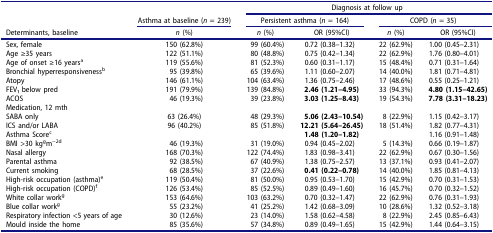
<table><thead><tr><td colspan="2">[EMPTY_CELL]</td><td colspan="4"><b>Diagnosis at follow up</b></td></tr><tr><td>[EMPTY_CELL]</td><td><b>Asthma at baseline (<i>n</i> = 239)</b></td><td colspan="2"><b>Persistent asthma (<i>n</i> = 164)</b></td><td colspan="2"><b>COPD (<i>n</i> = 35)</b></td></tr><tr><td><b>Determinants, baseline</b></td><td><b><i>n</i> (%)</b></td><td><b><i>n</i> (%)</b></td><td><b>OR (95%CI)</b></td><td><b><i>n</i> (%)</b></td><td><b>OR (95%CI)</b></td></tr></thead><tbody><tr><td>Sex, female</td><td>150 (62.8%)</td><td>99 (60.4%)</td><td>0.72 (0.38–1.32)</td><td>22 (62.9%)</td><td>1.00 (0.45–2.31)</td></tr><tr><td>Age ≥35 years</td><td>122 (51.1%)</td><td>80 (48.8%)</td><td>0.75 (0.42–1.34)</td><td>22 (62.9%)</td><td>1.76 (0.80–4.01)</td></tr><tr><td>Age of onset ≥16 years<sup>a</sup></td><td>119 (55.6%)</td><td>81 (52.3%)</td><td>0.60 (0.31–1.17)</td><td>15 (48.4%)</td><td>0.71 (0.31–1.64)</td></tr><tr><td>Bronchial hyperresponsiveness<sup>b</sup></td><td>95 (39.8%)</td><td>65 (39.6%)</td><td>1.11 (0.60–2.07)</td><td>14 (40.0%)</td><td>1.81 (0.71–4.81)</td></tr><tr><td>Atopy</td><td>146 (61.1%)</td><td>104 (63.4%)</td><td>1.36 (0.75–2.46)</td><td>17 (48.6%)</td><td>0.55 (0.25–1.21)</td></tr><tr><td>FEV1 below pred</td><td>191 (79.9%)</td><td>139 (84.8%)</td><td><b>2.46</b><b>(1.21–4.95)</b></td><td>33 (94.3%)</td><td><b>4.80</b><b>(1.15–42.65)</b></td></tr><tr><td>ACOS</td><td>46 (19.3%)</td><td>39 (23.8%)</td><td><b>3.03</b><b>(1.25–8.43)</b></td><td>19 (54.3%)</td><td><b>7.78</b><b>(3.31–18.23)</b></td></tr><tr><td>Medication, 12 mth</td><td>[EMPTY_CELL]</td><td>[EMPTY_CELL]</td><td>[EMPTY_CELL]</td><td>[EMPTY_CELL]</td><td>[EMPTY_CELL]</td></tr><tr><td>SABA only</td><td>63 (26.4%)</td><td>48 (29.3%)</td><td><b>5.06</b><b>(2.43–10.54)</b></td><td>8 (22.9%)</td><td>1.15 (0.42–3.17)</td></tr><tr><td>ICS and/or LABA</td><td>96 (40.2%)</td><td>85 (51.8%)</td><td><b>12.21</b><b>(5.64–26.45)</b></td><td>18 (51.4%)</td><td>1.82 (0.77–4.31)</td></tr><tr><td>Asthma Score<sup>c</sup></td><td>[EMPTY_CELL]</td><td>[EMPTY_CELL]</td><td><b>1.48</b><b>(1.20–1.82)</b></td><td>[EMPTY_CELL]</td><td>1.16 (0.91–1.48)</td></tr><tr><td>BMI &gt;30 kg<sup>g</sup>m<sup>−2</sup><sup>d</sup></td><td>46 (19.3%)</td><td>31 (19.0%)</td><td>0.94 (0.45–2.02)</td><td>5 (14.3%)</td><td>0.66 (0.19–1.87)</td></tr><tr><td>Nasal allergy</td><td>168 (70.3%)</td><td>122 (74.4%)</td><td>1.83 (0.98–3.41)</td><td>22 (62.9%)</td><td>0.67 (0.30–1.56)</td></tr><tr><td>Parental asthma</td><td>92 (38.5%)</td><td>67 (40.9%)</td><td>1.38 (0.75–2.57)</td><td>13 (37.1%)</td><td>0.93 (0.41–2.07)</td></tr><tr><td>Current smoking</td><td>68 (28.5%)</td><td>37 (22.6%)</td><td><b>0.41</b><b>(0.22–0.78)</b></td><td>14 (40.0%)</td><td>1.85 (0.81–4.13)</td></tr><tr><td>High-risk occupation (asthma)<sup>e</sup></td><td>119 (50.4%)</td><td>81 (50.0%)</td><td>0.95 (0.53–1.70)</td><td>15 (42.9%)</td><td>0.70 (0.31–1.53)</td></tr><tr><td>High-risk occupation (COPD)<sup>f</sup></td><td>126 (53.4%)</td><td>85 (52.5%)</td><td>0.89 (0.49–1.60)</td><td>16 (45.7%)</td><td>0.70 (0.32–1.52)</td></tr><tr><td>White collar work<sup>g</sup></td><td>153 (64.6%)</td><td>103 (63.2%)</td><td>0.70 (0.32–1.47)</td><td>22 (62.9%)</td><td>0.76 (0.31–1.93)</td></tr><tr><td>Blue collar work<sup>g</sup></td><td>55 (23.2%)</td><td>41 (25.2%)</td><td>1.42 (0.68–3.09)</td><td>10 (28.6%)</td><td>1.32 (0.52–3.18)</td></tr><tr><td>Respiratory infection &lt;5 years of age</td><td>30 (12.6%)</td><td>23 (14.0%)</td><td>1.58 (0.62–4.58)</td><td>8 (22.9%)</td><td>2.45 (0.85–6.43)</td></tr><tr><td>Mould inside the home</td><td>85 (35.6%)</td><td>57 (34.8%)</td><td>0.89 (0.49–1.65)</td><td>15 (42.9%)</td><td>1.44 (0.64–3.15)</td></tr></tbody></table>